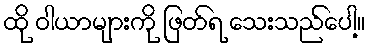
ထို ဝါယာများကို ဖြတ်ရ သေးသည်ပေါ့။